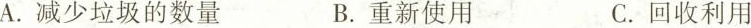
A.减少垃圾的数量 B.重新使用 C.回收利用